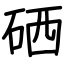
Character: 硒